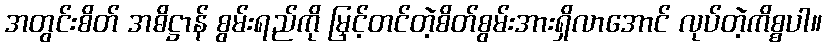
အတွင်းစိတ် အဓိဋ္ဌာန် စွမ်းရည်ကို မြှင့်တင်တဲ့စိတ်စွမ်းအားရှိလာအောင် လုပ်တဲ့ကိစ္စပါ။